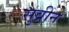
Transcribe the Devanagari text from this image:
सुव्रीन